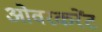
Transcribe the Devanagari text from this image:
ओवरकरेंट